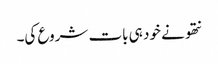
نتھو نے خود ہی بات شروع کی۔